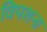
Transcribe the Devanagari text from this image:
विपशना